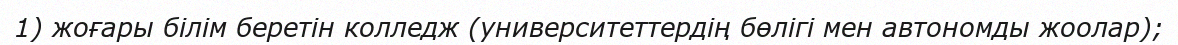
1) жоғары білім беретін колледж (университеттердің бөлігі мен автономды жоолар);